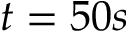
t = 5 0 s